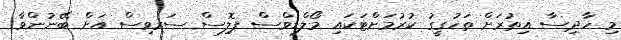
މި ހާދިސާ އިތުރަށް ތަހުގީގު ކުރުމަށްޓަކައި މޯލްޑިވްސް ޕޮލިސް ސަރވިސް އަށް ބޭނުންވާ